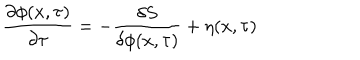
LaTeX: \frac { \partial \phi ( x , \tau ) } { \partial \tau } = - \frac { \delta S } { \delta \phi ( x , \tau ) } + \eta ( x , \tau )